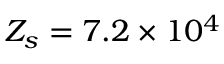
Z _ { s } = 7 . 2 \times 1 0 ^ { 4 }